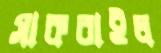
সাকরাইল